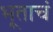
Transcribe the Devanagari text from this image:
भूताचं